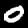
Label: 0